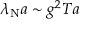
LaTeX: \lambda _ { \mathrm { N } } a \sim g ^ { 2 } T a